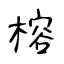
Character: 榕